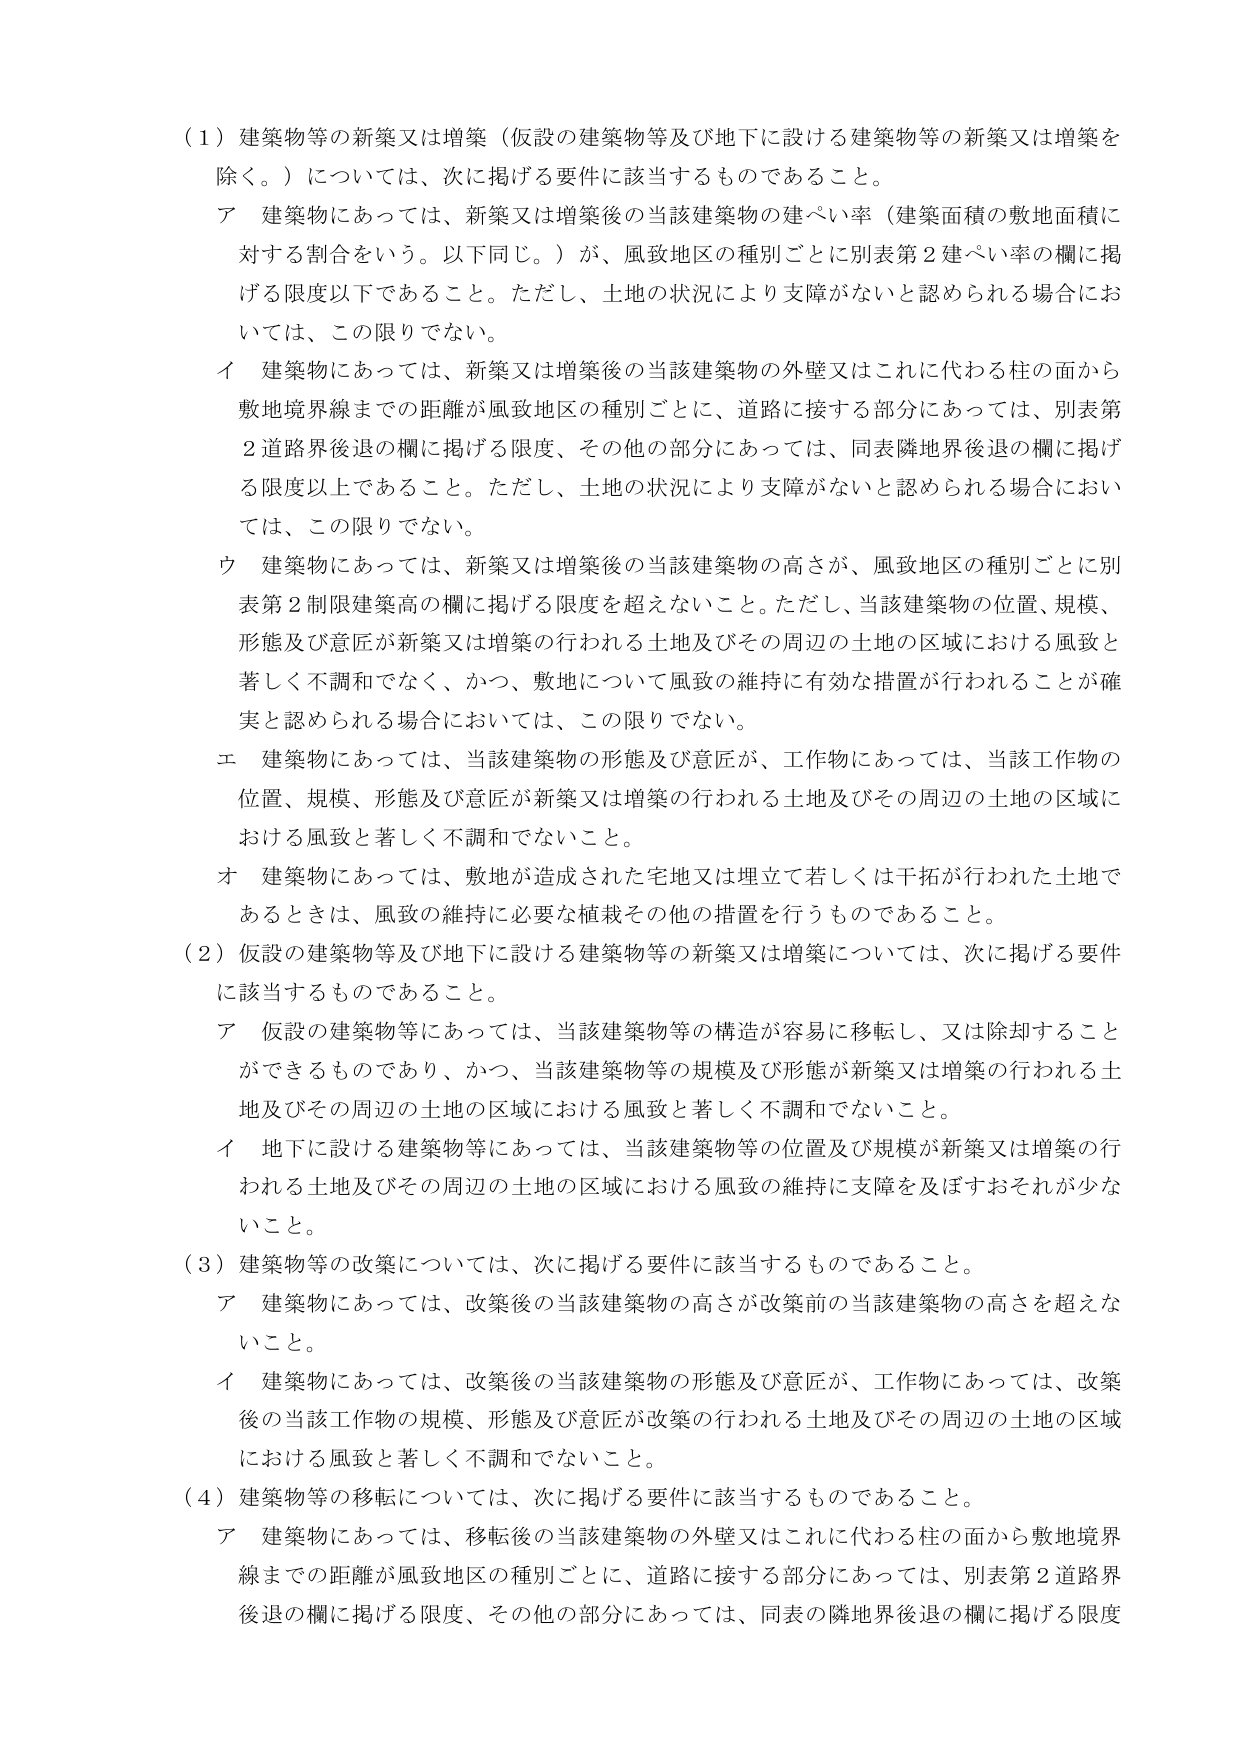
（１）建築物等の新築又は増築（仮設の建築物等及び地下に設ける建築物等の新築又は増築を除く。）については、次に掲げる要件に該当するものであること。

ア 建築物にあっては、新築又は増築後の当該建築物の建ぺい率（建築面積の敷地面積に対する割合をいう。以下同じ。）が、風致地区の種別ごとに別表第２建ぺい率の欄に掲げる限度以下であること。ただし、土地の状況により支障がないと認められる場合においては、この限りでない。

イ 建築物にあっては、新築又は増築後の当該建築物の外壁又はこれに代わる柱の面から敷地境界線までの距離が風致地区の種別ごとに、道路に接する部分にあっては、別表第２道路界後退の欄に掲げる限度、その他の部分にあっては、同表隣地界後退の欄に掲げる限度以上であること。ただし、土地の状況により支障がないと認められる場合においては、この限りでない。

ウ 建築物にあっては、新築又は増築後の当該建築物の高さが、風致地区の種別ごとに別表第２制限建築高の欄に掲げる限度を超えないこと。ただし、当該建築物の位置、規模、形態及び意匠が新築又は増築の行われる土地及びその周辺の土地の区域における風致と著しく不調和でなく、かつ、敷地について風致の維持に有効な措置が行われることが確実と認められる場合においては、この限りでない。

エ 建築物にあっては、当該建築物の形態及び意匠が、工作物にあっては、当該工作物の位置、規模、形態及び意匠が新築又は増築の行われる土地及びその周辺の土地の区域における風致と著しく不調和でないこと。

オ 建築物にあっては、敷地が造成された宅地又は埋立て若しくは干拓が行われた土地であるときは、風致の維持に必要な植栽その他の措置を行うものであること。

（２）仮設の建築物等及び地下に設ける建築物等の新築又は増築については、次に掲げる要件に該当するものであること。

ア 仮設の建築物等にあっては、当該建築物等の構造が容易に移転し、又は除却することができるものであり、かつ、当該建築物等の規模及び形態が新築又は増築の行われる土地及びその周辺の土地の区域における風致と著しく不調和でないこと。

イ 地下に設ける建築物等にあっては、当該建築物等の位置及び規模が新築又は増築の行われる土地及びその周辺の土地の区域における風致の維持に支障を及ぼすおそれが少ないこと。

（３）建築物等の改築については、次に掲げる要件に該当するものであること。

ア 建築物にあっては、改築後の当該建築物の高さが改築前の当該建築物の高さを超えないこと。

イ 建築物にあっては、改築後の当該建築物の形態及び意匠が、工作物にあっては、改築後の当該工作物の規模、形態及び意匠が改築の行われる土地及びその周辺の土地の区域における風致と著しく不調和でないこと。

（４）建築物等の移転については、次に掲げる要件に該当するものであること。

ア 建築物にあっては、移転後の当該建築物の外壁又はこれに代わる柱の面から敷地境界線までの距離が風致地区の種別ごとに、道路に接する部分にあっては、別表第２道路界後退の欄に掲げる限度、その他の部分にあっては、同表の隣地界後退の欄に掲げる限度